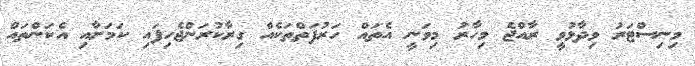
މިނިސްޓަރު ވިދާޅުވީ ރާއްޖެ މިހާރު މިވަނީ އެތައް ހަރުފަތްތަކެއް ގިރާކުރަންޖެހިފައި ކަމަށާއި އެކަންތައް